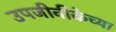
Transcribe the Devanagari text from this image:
उपजीवीकेच्या